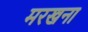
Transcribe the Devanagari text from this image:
मरखना